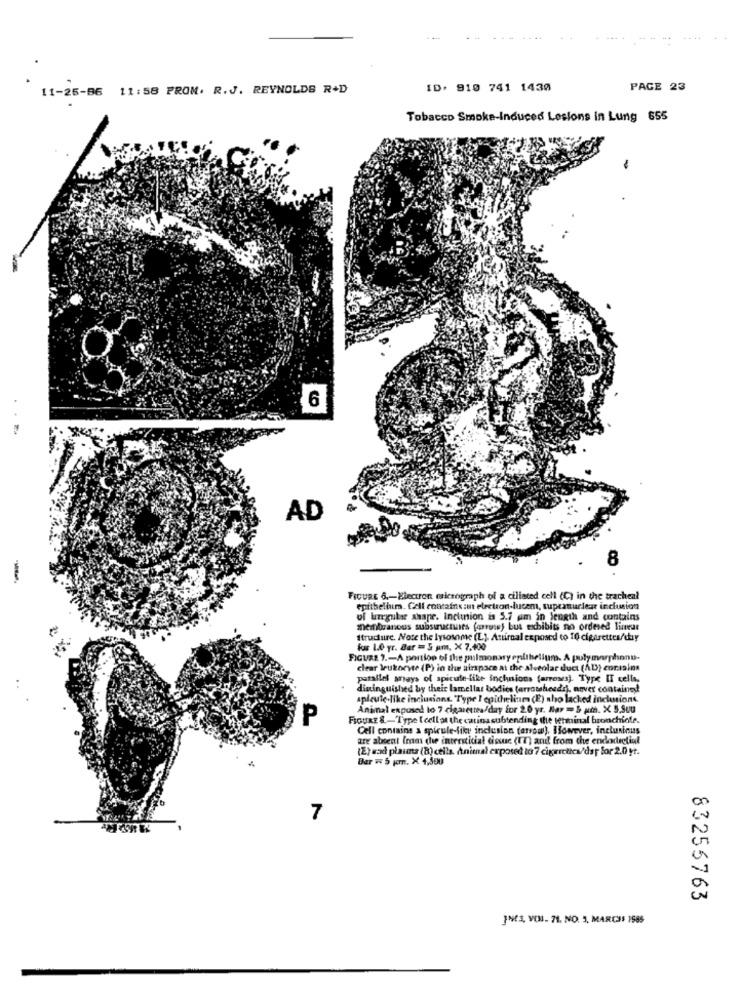
11-26-86 11:58 PROM. R.J. REYNOLDS R+D
ID: 910 741 1430
PAGE 23
Tobacco Smoke-Induced Lesions in Lung 655
6
AD
8
-
FIGURE 6 .- Electron micrograph of a ciliated cell (C) in the tracheal
epithelium. Cell contains :un electron-lucem, supranuclear inclusion
of luregular shape. incluion is 5.7 am in length and contains
membranous substructures farronos) but exhibits no ordered limeur
Itruduire. Note the lysosome (L). Antirnal exposed to 10 cigarettes/thy
fus 1.0 yr. Bar = 5 pm, X 7.400
FIGURE 7 .- A portion of the pulmonary epithelium. A pulymarphone-
clear leukocyte (P) in the airspace at the alveolar duct (AD) contains
parallel says of spicute-like inchnions (arrows). Type IT cells,
dininguished by their lamellar bodies (arrowheads), nover contained
spleute.like inclusione. "Type I epithelium (E) aho lacked inclusions.
Animal exposed to 7 cigarettes/day for 2.0 yr. Bar =& gt. X 5.Suu
P
FIGURE &-Type tcell at the carina subtending the terminal bronchiole.
Cell contains a spicule-fiky inclusion (arrow). However, incluninus
are absent Imm chwe interstitial tissue (IT) and from the endodecliul
(2) sad plaims (8) cells, Animal exposed to 7 cigrictica/day for 2.0 yt.
Ber # 5 pm. X 4,500
7
83255763
JMS, VOI- 71, NO. 5, MARCAS 1565